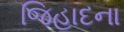
જિહાદના